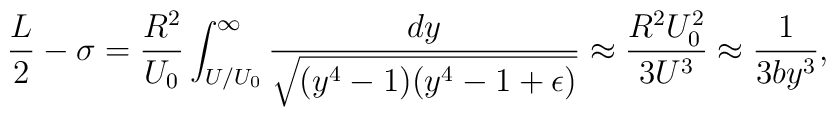
\frac{L}{2}-\sigma=\frac{R^2}{U_0}\int_{U/U_0}^\infty \frac{dy}{\sqrt{(y^4-1)(y^4-1+\epsilon)}}\approx\frac{R^2U_0^2}{3U^3}\approx\frac{1}{3by^3},